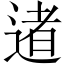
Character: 𨔾